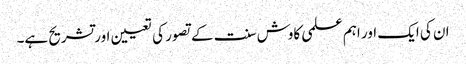
ان کی ایک اور اہم علمی کاوش سنت کے تصور کی تعیین اورتشریح ہے۔